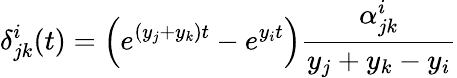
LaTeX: \delta_{jk}^{i}(t)=\left(e^{(y_{j}+y_{k})t}-e^{y_{i}t}\right)\frac{\alpha_{jk}^{i}}{y_{j}+y_{k}-y_{i}}